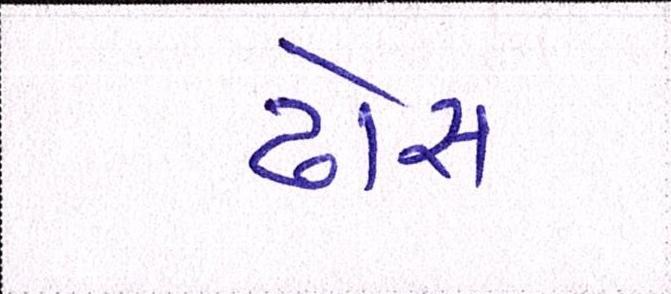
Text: ઢોસ